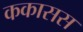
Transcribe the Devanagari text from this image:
ककासस